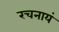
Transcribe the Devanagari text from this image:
रचनायं